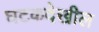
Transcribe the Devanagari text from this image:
घटकदेखील